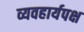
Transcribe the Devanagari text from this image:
व्यवहार्यपक्ष